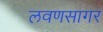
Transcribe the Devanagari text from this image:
लवणसागर